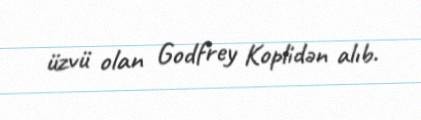
üzvü olan Godfrey Koplidən alıb.